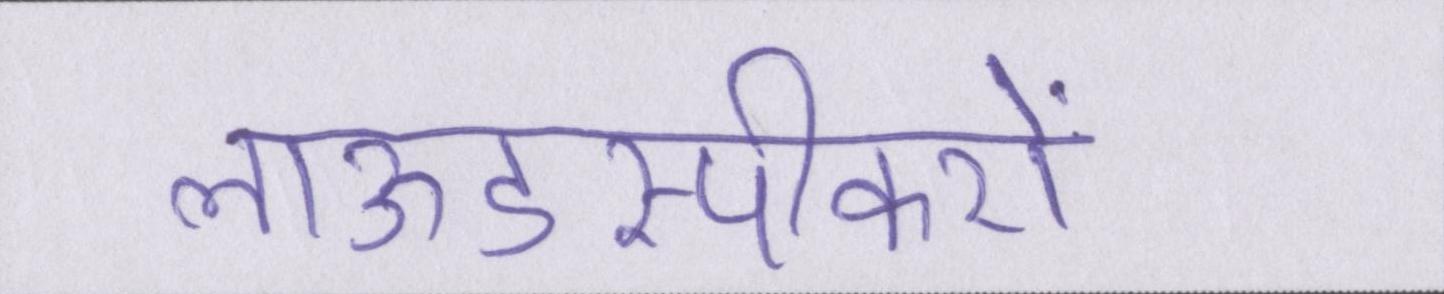
लाऊडस्पीकरों